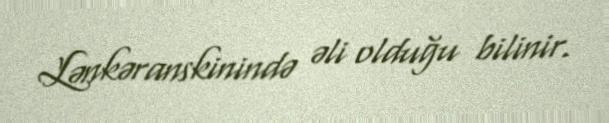
Lənkəranskinində əli olduğu bilinir.